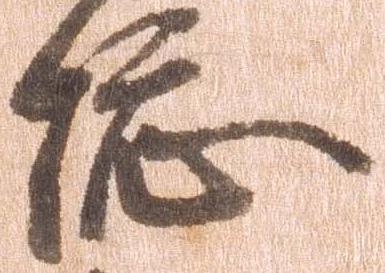
総